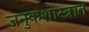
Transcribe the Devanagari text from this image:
जनुकशास्त्रात